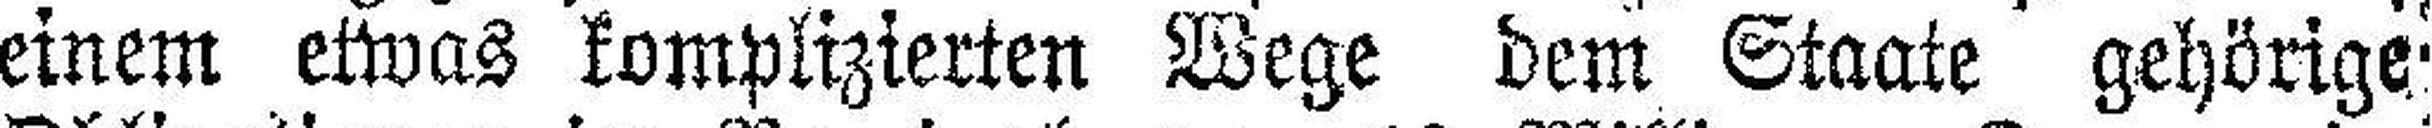
einem etwas komplizierten Wege dem Staate gehörige